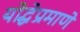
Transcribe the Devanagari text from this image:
योद्धेप्रमाणे